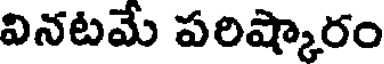
వినటమే పరిష్కారం